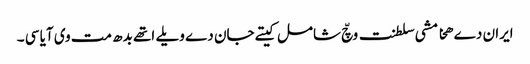
ایران دے ھخامشی سلطنت وچّ شامل کیتے جان دے ویلے اتھے بدھ مت وی آیا سی ۔